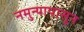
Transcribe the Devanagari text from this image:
नमुन्यापासून